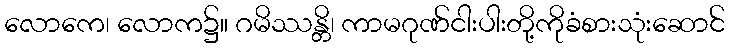
လောကေ၊ လောက၌။ ဂမိဿန္တိ၊ ကာမဂုဏ်ငါးပါးတို့ကိုခံစားသုံးဆောင်